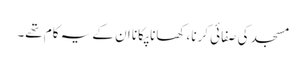
مسجد کی صفائی کرنا، کھانا پکانا ان کے یہ کام تھے۔